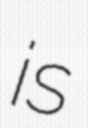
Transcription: is